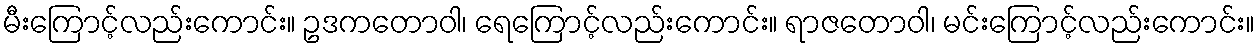
မီးကြောင့်လည်းကောင်း။ ဥဒကတောဝါ၊ ရေကြောင့်လည်းကောင်း။ ရာဇတောဝါ၊ မင်းကြောင့်လည်းကောင်း။